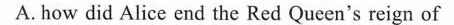
A. how did Alice end the Red Qucen's reign of